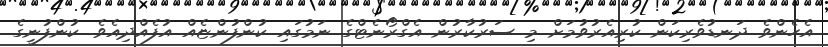
އެހެންވެ ދަނޑުވެރިކަން ކުރިއެރުވުމަށް މި ސަރުކާރުން އެގްރޯނެޓްގެ ނަމުގައި ކުންފުންޏެއް އުފެއްދިއެވެ. ކުންފުނީގެ